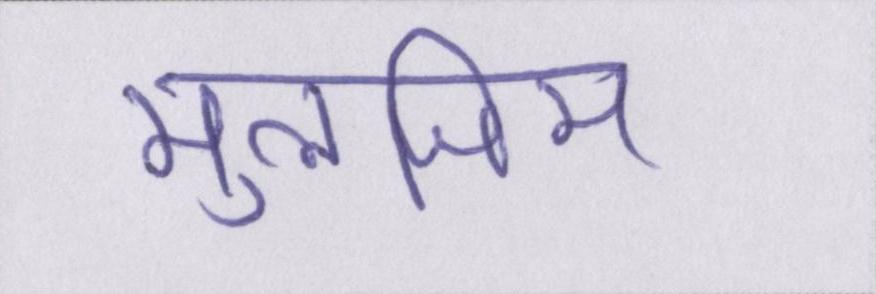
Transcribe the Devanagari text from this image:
मुलजिम